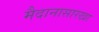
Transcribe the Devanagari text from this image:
मैदानासारखा